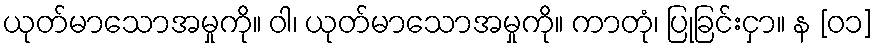
ယုတ်မာသောအမှုကို။ ဝါ၊ ယုတ်မာသောအမှုကို။ ကာတုံ၊ ပြုခြင်းငှာ။ န [၀၁]